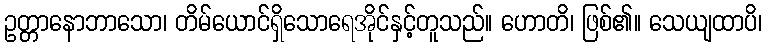
ဥတ္တာနောဘာသော၊ တိမ်ယောင်ရှိသောရေအိုင်နှင့်တူသည်။ ဟောတိ၊ ဖြစ်၏။ သေယျထာပိ၊